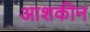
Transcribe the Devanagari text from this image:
आशकीन